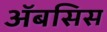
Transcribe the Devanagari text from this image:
अॅबसिस